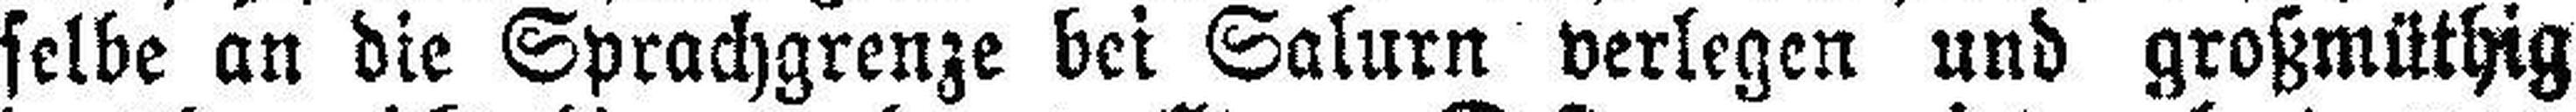
selbe an die Sprachgrenze bei Salurn verlegen und großmüthig